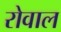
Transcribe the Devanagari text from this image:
रोवाल